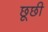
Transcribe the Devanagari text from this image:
छूछी